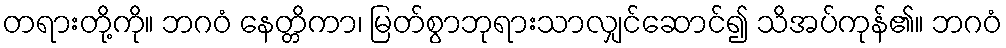
တရားတို့ကို။ ဘဂဝံ နေတ္တိကာ၊ မြတ်စွာဘုရားသာလျှင်ဆောင်၍ သိအပ်ကုန်၏။ ဘဂဝံ